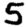
Digit: 5